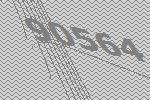
90564